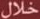
خلال